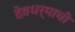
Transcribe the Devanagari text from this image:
देवधर्माची